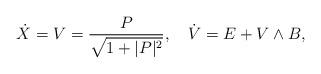
LaTeX: \begin{align*} \dot{X}=V=\frac{P}{\sqrt{1 + |P|^2}},\quad\dot{V}=E+V\wedge B,\end{align*}